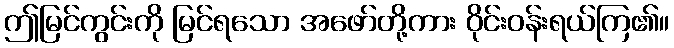
ဤမြင်ကွင်းကို မြင်ရသော အဖော်တို့ကား ဝိုင်းဝန်းရယ်ကြ၏။